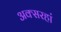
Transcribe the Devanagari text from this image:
अक्सरहां